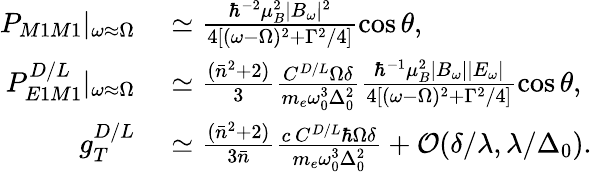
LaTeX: \begin{array}{rl}{P_{M1M1}|_{\omega\approx\Omega}}&{{}\simeq\frac{\hbar^{-2}\mu_{B}^{2}|B_{\omega}|^{2}}{4[(\omega-\Omega)^{2}+\Gamma^{2}/4]}\cos{\theta},}\\ {P_{E1M1}^{D/L}|_{\omega\approx\Omega}}&{{}\simeq\frac{(\bar{n}^{2}+2)}{3}\frac{C^{D/L}\Omega\delta}{m_{e}\omega_{0}^{3}\Delta_{0}^{2}}\frac{\hbar^{-1}\mu_{B}^{2}|B_{\omega}||E_{\omega}|}{4[(\omega-\Omega)^{2}+\Gamma^{2}/4]}\cos{\theta},}\\ {g_{T}^{D/L}}&{{}\simeq\frac{(\bar{n}^{2}+2)}{3\bar{n}}\frac{c\, C^{D/L}\hbar\Omega\delta}{m_{e}\omega_{0}^{3}\Delta_{0}^{2}}+\mathcal{O}(\delta/\lambda,\lambda/\Delta_{0}).}\end{array}